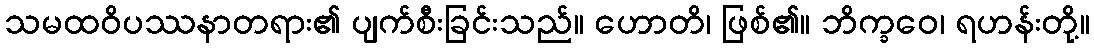
သမထဝိပဿနာတရား၏ ပျက်စီးခြင်းသည်။ ဟောတိ၊ ဖြစ်၏။ ဘိက္ခဝေ၊ ရဟန်းတို့။